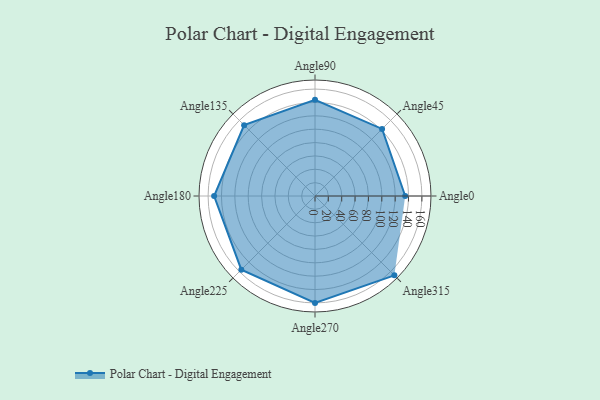
{"axis": {"x": "Angle", "y": "Radius"}, "legend": [""], "data": [{"x": "Angle0", "y": 135.0, "type": ""}, {"x": "Angle45", "y": 142.0, "type": ""}, {"x": "Angle90", "y": 144.0, "type": ""}, {"x": "Angle135", "y": 150.0, "type": ""}, {"x": "Angle180", "y": 151.0, "type": ""}, {"x": "Angle225", "y": 156.0, "type": ""}, {"x": "Angle270", "y": 160.0, "type": ""}, {"x": "Angle315", "y": 168.0, "type": ""}]}